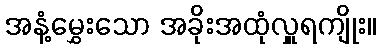
အနံ့မွှေးသော အခိုးအထုံလှူရကျိုး။